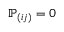
{ \mathbb P } _ { ( i j ) } = 0